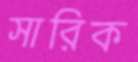
সারিক